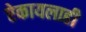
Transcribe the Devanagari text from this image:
ऐकायलाही